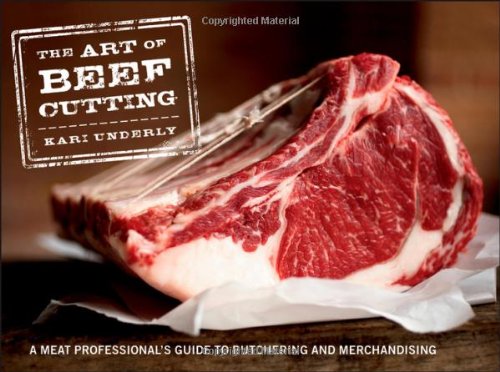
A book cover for The Art of Beef Cutting: A Meat Professional's Guide to Butchering and Merchandising; Kari Underly; Cookbooks, Food & Wine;